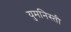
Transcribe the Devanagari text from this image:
युमनिस्ती